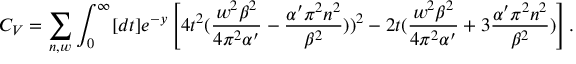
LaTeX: C _ { V } = \sum _ { n , w } \int _ { 0 } ^ { \infty } [ d t ] e ^ { - y } \left[ 4 t ^ { 2 } ( { \frac { w ^ { 2 } \beta ^ { 2 } } { 4 \pi ^ { 2 } \alpha ^ { \prime } } } - { \frac { \alpha ^ { \prime } \pi ^ { 2 } n ^ { 2 } } { \beta ^ { 2 } } } ) ) ^ { 2 } - 2 t ( { \frac { w ^ { 2 } \beta ^ { 2 } } { 4 \pi ^ { 2 } \alpha ^ { \prime } } } + 3 { \frac { \alpha ^ { \prime } \pi ^ { 2 } n ^ { 2 } } { \beta ^ { 2 } } } ) \right] .